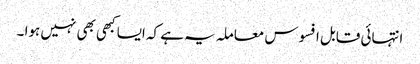
انتہائی قابل افسوس معاملہ یہ ہے کہ ایسا کبھی بھی نہیں ہوا ۔